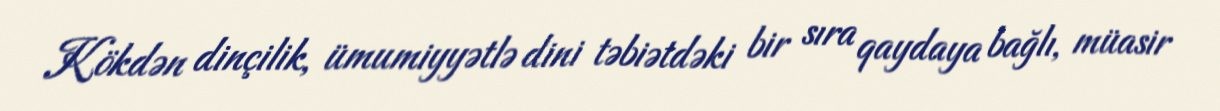
Kökdən dinçilik, ümumiyyətlə dini təbiətdəki bir sıra qaydaya bağlı, müasir